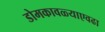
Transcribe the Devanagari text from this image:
डोमकावळ्याएवढा